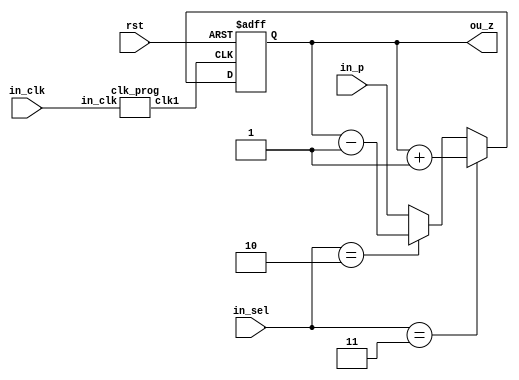
module binary_counter (in_sel, in_p, ou_z, in_clk, rst);
	parameter n = 4;
	input in_clk, rst;
	input [1:0] in_sel;
	input [n-1 : 0] in_p;
	output reg[n-1 : 0] ou_z;
	wire clk1;
	
	clk_prog cl(in_clk, clk1);
  initial
    ou_z = 0;
	
  always @(posedge clk1, negedge rst)
		begin
        if(~rst)
			begin
			 ou_z = 0;
			end
		else if (in_sel == 2'b11 )
			ou_z = ou_z + 1; 
		else if (in_sel == 2'b10 )
			ou_z = ou_z - 1;
		else 
			ou_z = in_p;
		end
endmodule
	

module clk_prog(in_clk, clk1);
	input in_clk;
	output reg clk1; 
	reg [26:0] counter1;
	
	initial 
		begin
		clk1 = 1'b0;
		counter1 = 0;	
		end
	
	always @(posedge in_clk)
		begin 
		counter1 = counter1 + 1'b1;
        if(counter1 == 24999999)
          clk1 = 1'b1; 
        else if(counter1 == 49999999)
          begin
            clk1 = 1'b0;
            counter1 = 0;
          end  
		end
endmodule